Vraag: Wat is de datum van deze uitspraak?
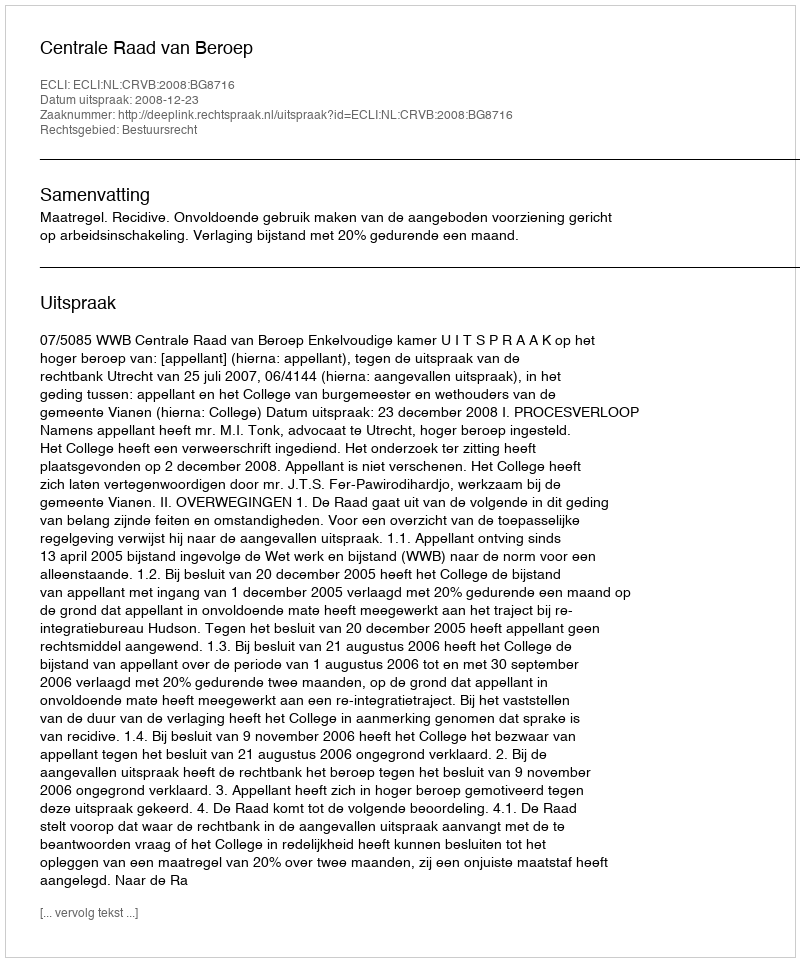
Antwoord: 2008-12-23